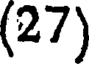
(27)